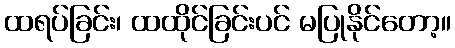
ထရပ်ခြင်း၊ ထထိုင်ခြင်းပင် မပြုနိုင်တော့။